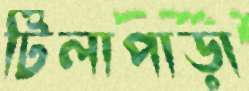
টিলাপাড়া